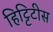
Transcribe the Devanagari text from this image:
हिट्टिटीस